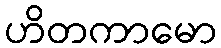
ဟိတကာမော